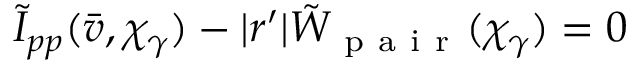
\tilde { I } _ { p p } ( \bar { v } , \chi _ { \gamma } ) - | r ^ { \prime } | \tilde { W } _ { \mathrm { ~ p ~ a ~ i ~ r ~ } } ( \chi _ { \gamma } ) = 0